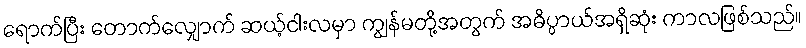
ရောက်ပြီး တောက်လျှောက် ဆယ့်ငါးလမှာ ကျွန်မတို့အတွက် အဓိပ္ပာယ်အရှိဆုံး ကာလဖြစ်သည်။